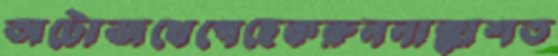
অটোজখেপেছেকরুননাক্কাশত